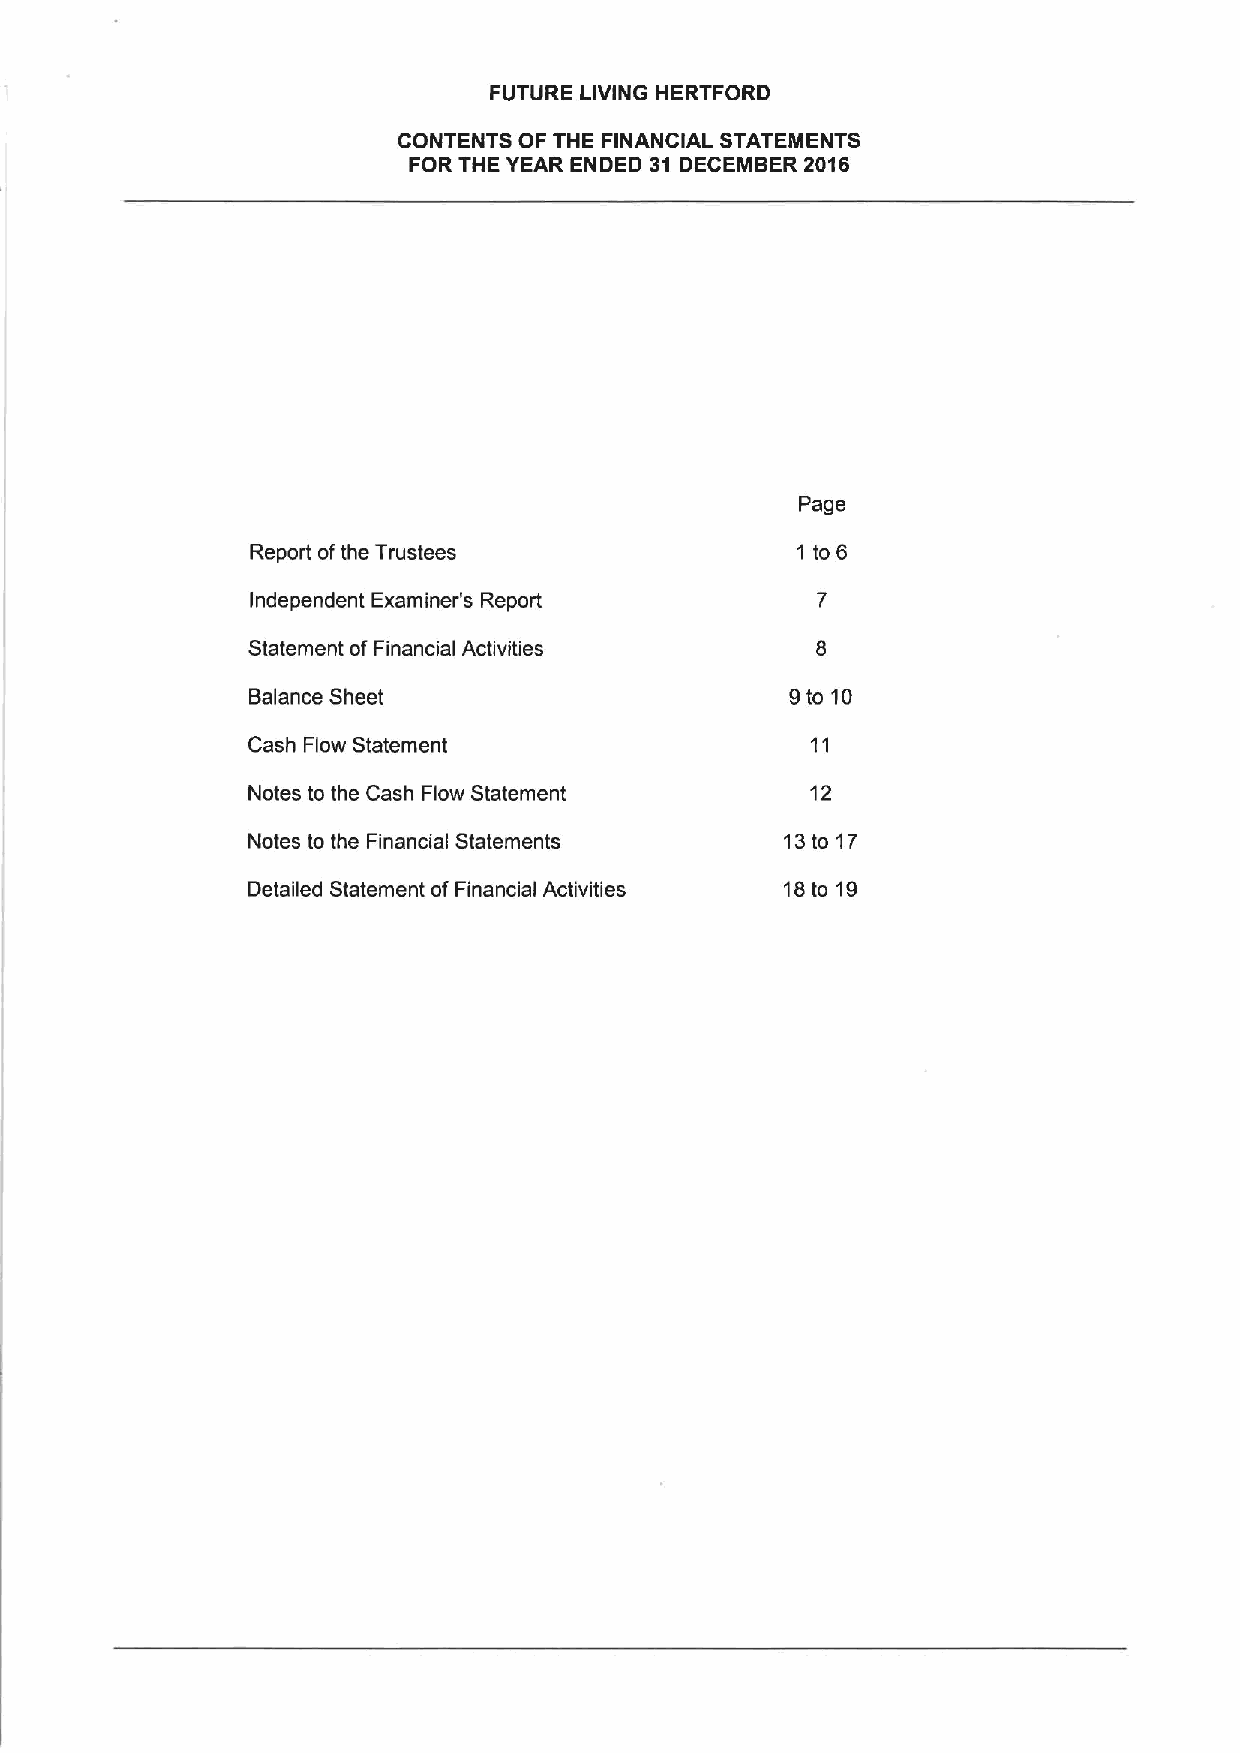
FUTURE LIVING HERTFORD
 CONTENTS OF THE FINANCIAL STATEMENTS
 FOR THE YEAR ENDED 31 DECEMBER 2016
 Page
 Report ofthe Trustees               1 to6
 Independent Examiner's Report
 Statement ofFinancial Activities
 Balance Sheet                       9to 10
 Cash Flow Statement
 Notes to the Cash Flow Statement      12
 Notes to the Financial Statements   13to 17
 Detailed Statement of Financial Activities 18to 19